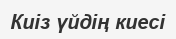
Киiз үйдiң киесi